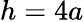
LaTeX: h=4a